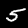
Digit: 5